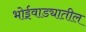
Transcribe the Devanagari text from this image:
भोईवाड्यातील